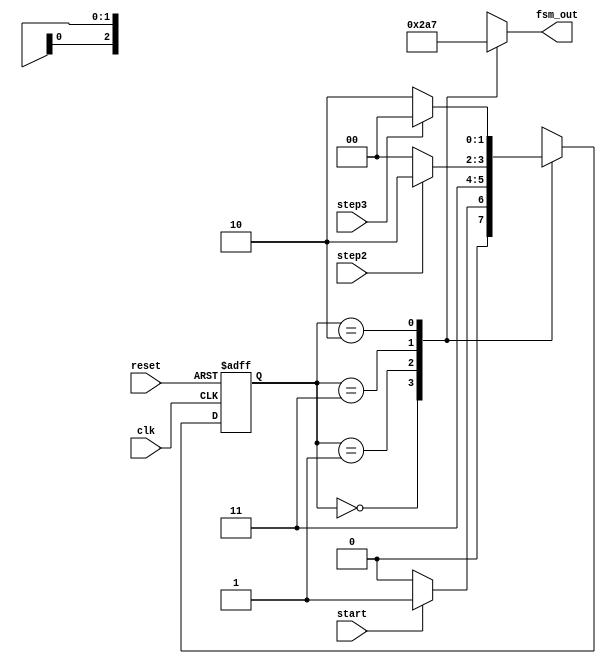
module FSM(
input clk,
input reset,
input start,
input step2,
input step3,
output reg[2:0] fsm_out
);
localparam state0=2'b00;
localparam state1=2'b01;
localparam state2=2'b11;
localparam state3=2'b10;
//
reg[1:0] state;

reg[1:0] next_state;
always@(posedge clk or negedge reset)
 if(!reset)
   state <= state0;
 else
   state <= next_state;

//
always@(state or start or step2 or step3)
begin
  case(state)
    state0: begin
    if(start)
      next_state <=state1;
    else
      next_state <=state0;
    end
    state1: begin
      next_state <= state2;
    end
    state2: begin
    if(step2)
      next_state <=state3;
    else
      next_state <=state0;
    end
    state3: begin
    if(step3)
      next_state <=state0;
    else
      next_state <=state3;
    end
    default:  next_state <=state0;//
  endcase
end

always @(state) //FSM
  case(state)
    state0: fsm_out=3'b001;
    state1: fsm_out=3'b010;
    state2: fsm_out=3'b100;
    state3: fsm_out=3'b111;
    default:fsm_out=3'b001; // default
  endcase

endmodule